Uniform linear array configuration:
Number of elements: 8
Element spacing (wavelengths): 1
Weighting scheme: kaiser
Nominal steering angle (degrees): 15
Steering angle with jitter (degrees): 15.708
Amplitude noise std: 0.05
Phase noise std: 0.05

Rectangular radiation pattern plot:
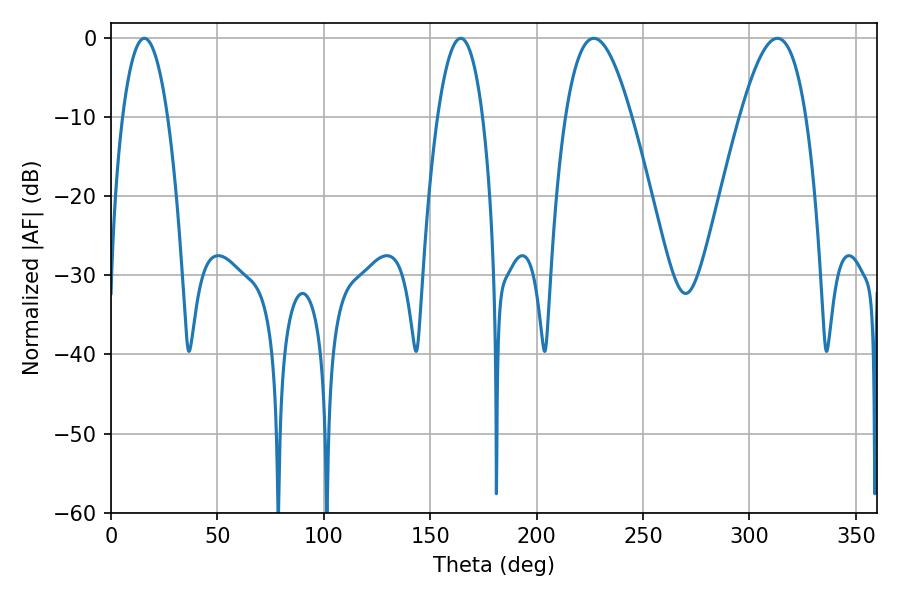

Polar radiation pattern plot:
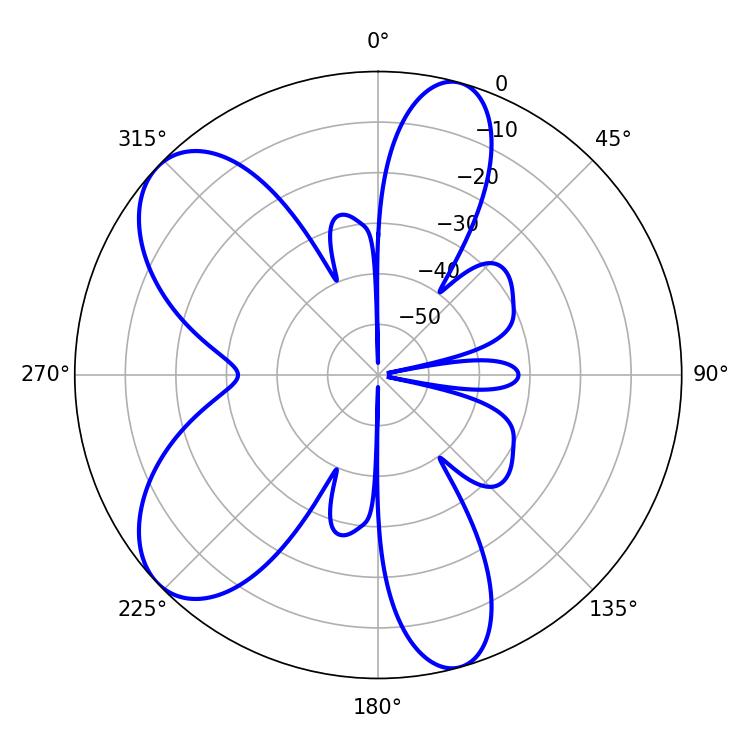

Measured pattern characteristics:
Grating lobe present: TRUE
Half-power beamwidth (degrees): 11.7
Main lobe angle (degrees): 15.66